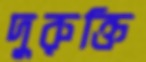
দুরুক্তি